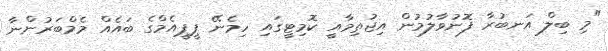
"މި ބިލް އަނބުރާ ފޮނުވާލުމުން އިޖުތިމާއީ ކޮމިޓީގައި ހިމެނޭ ޕީޕީއެމްގެ ބައެއް މެމްބަރުންނާ